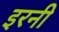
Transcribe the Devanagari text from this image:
इरनी